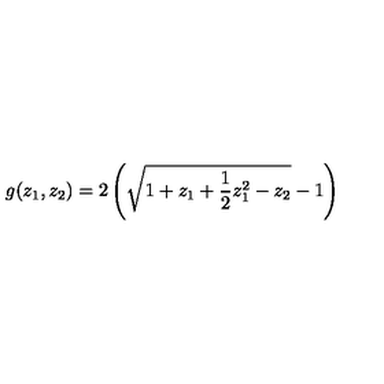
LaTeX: g ( z _ { 1 } , z _ { 2 } ) = 2 \left( \sqrt { 1 + z _ { 1 } + { \frac { 1 } { 2 } } z _ { 1 } ^ { 2 } - z _ { 2 } } - 1 \right)